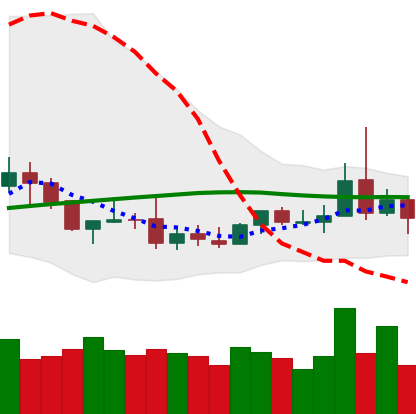
Ticker: DOGE-USD
Chart end date: 2019-08-08
Forward return: -3.518%
Label: down_3_5